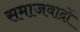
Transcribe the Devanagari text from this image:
समाजवादों